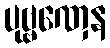
ပုဗ္ဗဏှေန